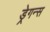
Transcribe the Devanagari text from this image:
ड्रेगन्स